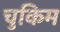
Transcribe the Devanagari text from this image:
चुकिम